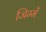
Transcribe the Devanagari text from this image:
जिम्में